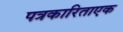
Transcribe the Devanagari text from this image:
पत्रकारिताएक